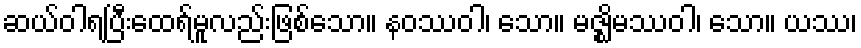
ဆယ်ဝါရပြီးထေရ်မူလည်းဖြစ်သော။ နဝဿဝါ၊ သော။ မဇ္ဈိမဿဝါ၊ သော။ ယဿ၊